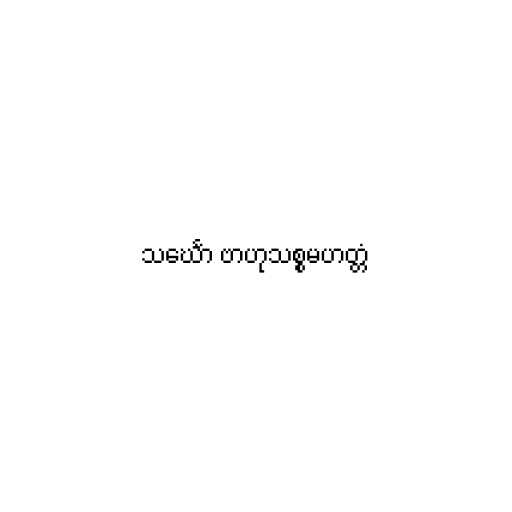
သင်္ဃော ဗာဟုသစ္စမဟတ္တံ